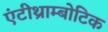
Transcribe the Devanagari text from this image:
एंटीथ्राम्बोटिक